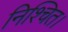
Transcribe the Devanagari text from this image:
निश्‍चित।